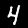
Label: 4